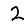
Digit: 2